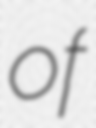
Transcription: of